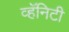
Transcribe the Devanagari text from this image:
व्हॅनिटी